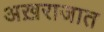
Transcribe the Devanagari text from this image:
अख़राजात